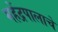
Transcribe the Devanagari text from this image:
महेंद्रपालाचे